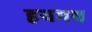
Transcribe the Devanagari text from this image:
हयगय